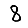
Digit: 8